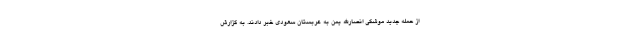
از حمله جدید موشکی انصارالله یمن به عربستان سعودی خبر دادند. به گزارش